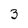
Character: 3